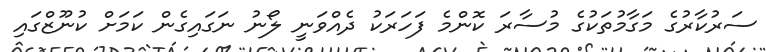
ސަރުކާރުގެ މަގާމުތަކުގެ މުސާރަ ކޮންމެ ފަހަރަކު ދެއްވަނީ ލޯނު ނަގައިގެން ކަމަށް ކުނޫޒްގައި